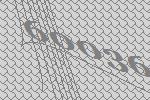
60036